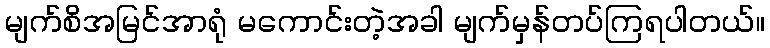
မျက်စိအမြင်အာရုံ မကောင်းတဲ့အခါ မျက်မှန်တပ်ကြရပါတယ်။